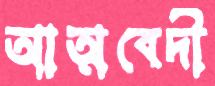
আত্মবেদী